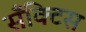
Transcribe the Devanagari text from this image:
सँक्टिस